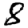
Digit: 8